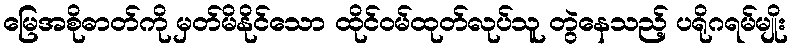
မြေအစိုဓာတ်ကို မှတ်မိနိုင်သော ထိုင်ဝမ်ထုတ်လုပ်သူ တွဲနေသည့် ပရိုဂရမ်မျိုး